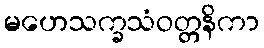
မဟေသက္ခသံဝတ္တနိကာ